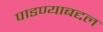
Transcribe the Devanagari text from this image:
पाडण्याबद्दल